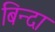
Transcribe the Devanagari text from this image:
बिन्दा